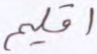
اقليم